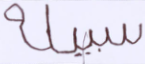
سبيله